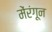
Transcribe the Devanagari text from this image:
मेंरंगून